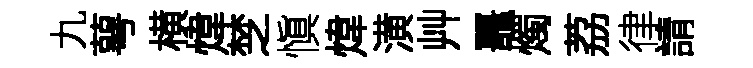
九萼横煒椘愼煒潢艸鼉燭荔律請